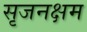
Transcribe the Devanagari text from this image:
सृजनक्षम